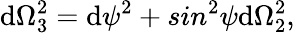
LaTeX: \mathrm{d}\Omega_{3}^{2}=\mathrm{d}\psi^{2}+sin^{2}\psi\mathrm{d}\Omega_{2}^{2},